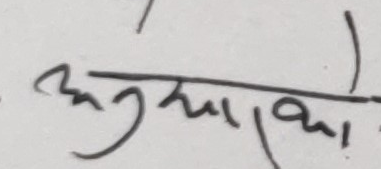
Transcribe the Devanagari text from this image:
अनुधावना